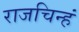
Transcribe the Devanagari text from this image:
राजचिन्हं